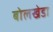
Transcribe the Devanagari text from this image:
बोलखेडा